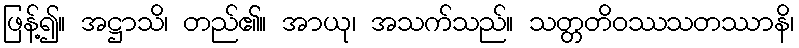
ဖြန့်၍။ အဋ္ဌာသိ၊ တည်၏။ အာယု၊ အသက်သည်။ သတ္တတိဝဿသတဿာနိ၊